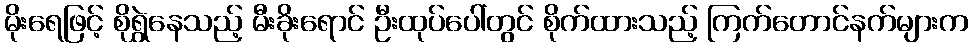
မိုးရေဖြင့် စိုရွှဲနေသည့် မီးခိုးရောင် ဦးထုပ်ပေါ်တွင် စိုက်ထားသည့် ကြက်တောင်နက်များက